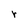
Character: r